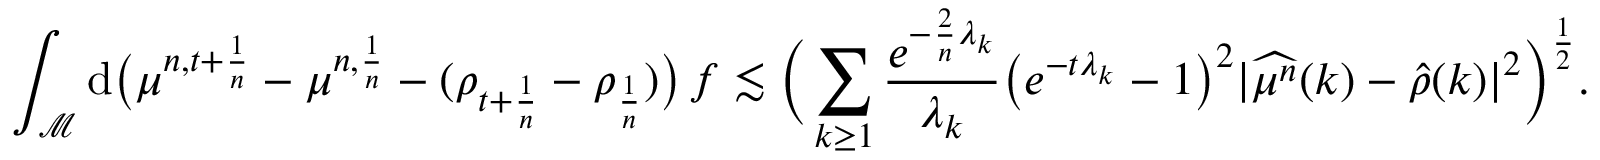
\int _ { \mathcal { M } } \mathrm { d } \big ( \mu ^ { n , t + \frac { 1 } { n } } - \mu ^ { n , \frac { 1 } { n } } - ( \rho _ { t + \frac { 1 } { n } } - \rho _ { \frac { 1 } { n } } ) \big ) \, f \lesssim \Big ( \sum _ { k \geq 1 } \frac { e ^ { - \frac { 2 } { n } \lambda _ { k } } } { \lambda _ { k } } \big ( e ^ { - t \lambda _ { k } } - 1 \big ) ^ { 2 } \vert \widehat { \mu ^ { n } } ( k ) - \widehat { \rho } ( k ) \vert ^ { 2 } \Big ) ^ { \frac { 1 } { 2 } } .